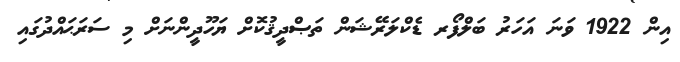
އިން 1922 ވަނަ އަހަރު ބަލްފޯރ ޑެކްލަރޭޝަން ތަޞްދީޤުކޮށް ޔަހޫދީންނަށް މި ސަރަޙައްދުގައި